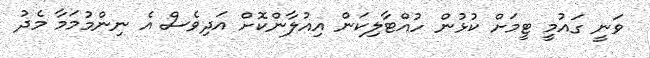
ވަނީ ގައުމީ ޓީމަށް ކުޅުން ހުއްޓާލިކަން އިއުލާންކޮށް އަދިވެސް އެ ނިންމުމަމާ މެދު